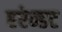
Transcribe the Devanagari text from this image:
एरेन्डट